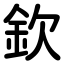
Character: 欽